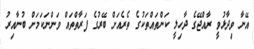
އޭނާ ވިދާޅުވީ ރާއްޖޭގެ ދާހިލީ ކަންތައްތަކުގެ ތެރެއަށް ބޭރުގެ ފަރާތްތައް ވަންނަކަމަށް ބުނާއިރު